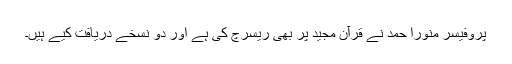
پروفیسر منورا حمد نے قرآن مجید پر بھی ریسرچ کی ہے اور دو نسخے دریافت کیے ہیں۔